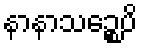
နာနာသဉ္စေပိ